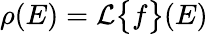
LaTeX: \rho(E)=\mathcal{L}\big\{ f\big\} (E)